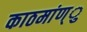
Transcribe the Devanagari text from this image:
काठमांण्ु